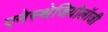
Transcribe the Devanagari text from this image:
एनेस्थेजियोलॉजी